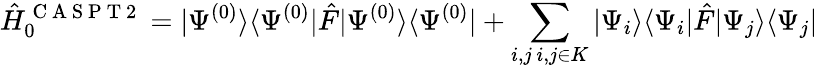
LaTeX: \hat{H}_{0}^{\mathrm{~C~A~S~P~T~2~}}=|\Psi^{(0)}\rangle\langle\Psi^{(0)}|\hat{F}|\Psi^{(0)}\rangle\langle\Psi^{(0)}|+\sum_{\substack{i,j\, i,j\in K}}|\Psi_{i}\rangle\langle\Psi_{i}|\hat{F}|\Psi_{j}\rangle\langle\Psi_{j}|